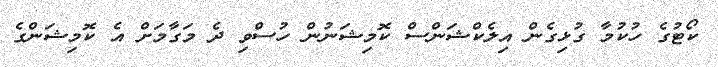
ކޯޓުގެ ހުކުމާ ގުޅިގެން އިލެކްޝަންސް ކޮމިޝަނުން ހުސްވި ދެ މަގާމަށް އެ ކޮމިޝަންގެ